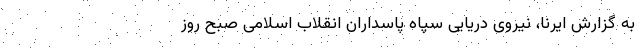
به گزارش ایرنا، نیروی دریایی سپاه پاسداران انقلاب اسلامی صبح روز